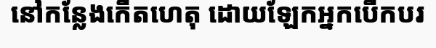
នៅកន្លែងកើតហេតុ ដោយឡែកអ្នកបើកបរ